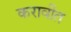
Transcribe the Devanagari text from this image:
करावींत